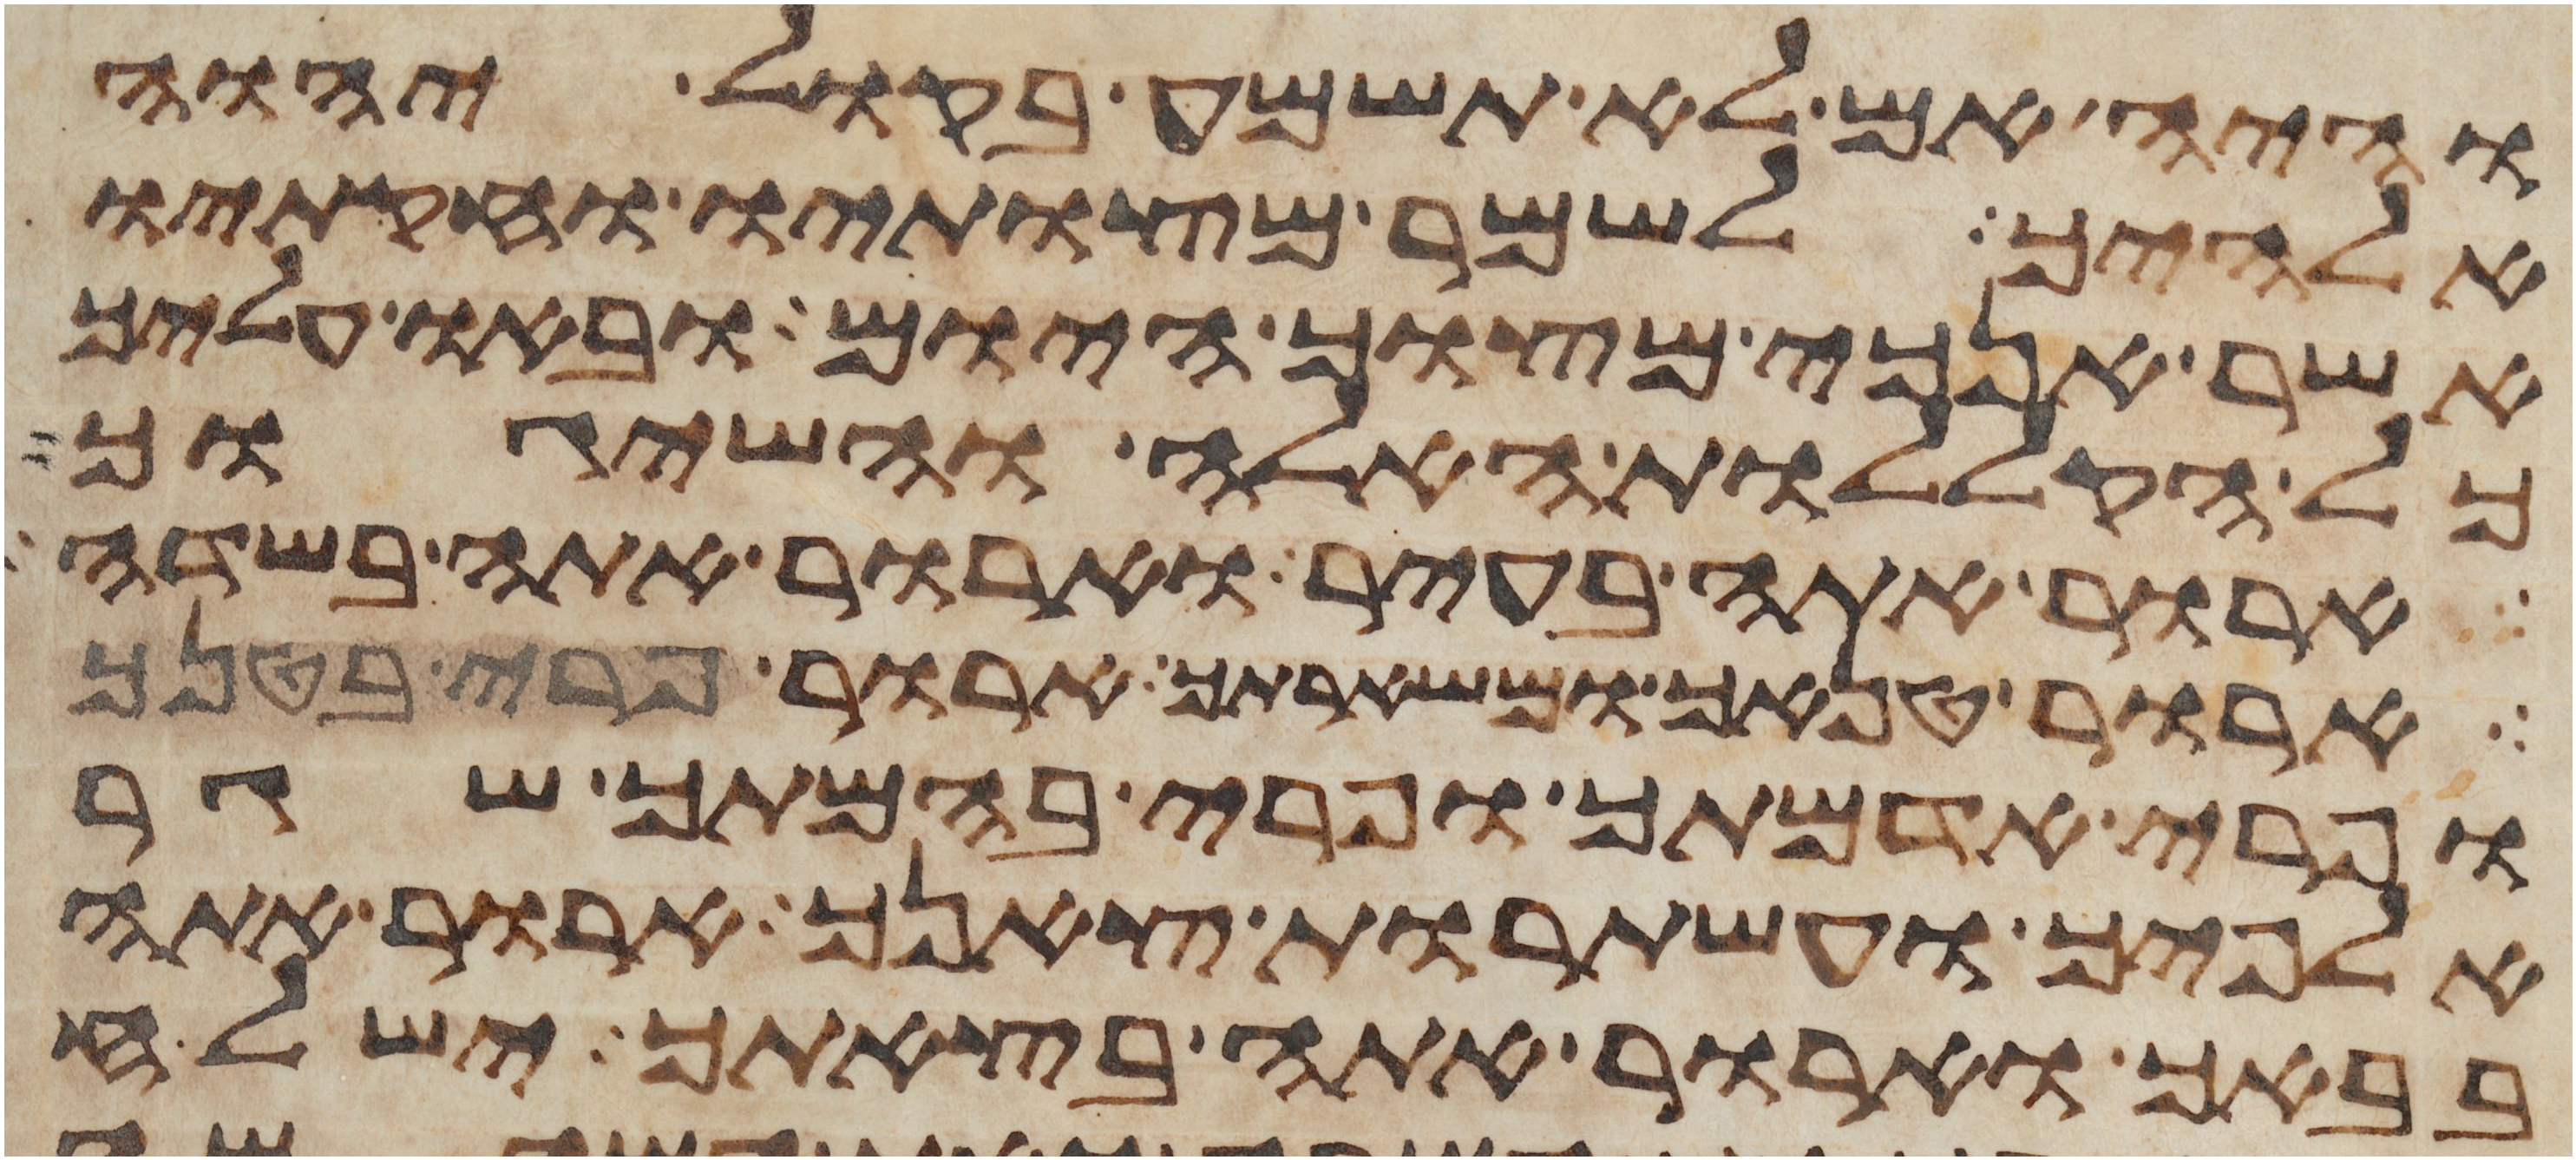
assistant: והיה אם לא תשמע בקול יהוה
אלהיך לשמר מצותיו וחקתיו
אשר אנכי מצוך היום ובאו עליך
כל הקללות האלה והשיגוך
ארור אתה בעיר וארור אתה בשדה
ארור טנאך ומשארתך ארור פרי בטנך
ופרי אדמתך ופרי בהמתך שגר
אלפיך ועשתרות צאנך ארור אתה
בבאך וארור אתה בצאתך ישלח